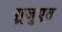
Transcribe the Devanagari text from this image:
ग़्रजुएत